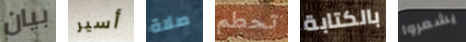
بيان أسير صلاة تحطم بالكتابة يشعروا